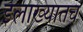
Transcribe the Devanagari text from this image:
इलाख्यातच